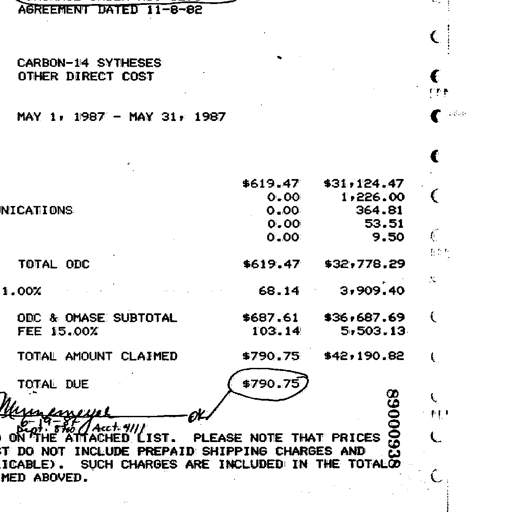
AGREEMENT DATED 11-8-82

CARBON-14 SYTHESES
OTHER DIRECT COST

MAY 1, 1987 - MAY 31, 1987

$619.47 $31,124.47
0.00 1,226.00
0.00 364.81
0.00 53.51
0.00 9.50

TOTAL ODC $619.47 $32,778.29

1.00% 68.14 3,909.40

ODC & OMASE SUBTOTAL $687.61 $36,687.69
FEE 15.00% 103.14 5,503.13

TOTAL AMOUNT CLAIMED $790.75 $42,190.82

TOTAL DUE $790.75

Mynenmeyer - OK
6-19-87
Dept. 8760 Acct. 4111
ON THE ATTACHED LIST. PLEASE NOTE THAT PRICES
DO NOT INCLUDE PREPAID SHIPPING CHARGES AND
ICABLE). SUCH CHARGES ARE INCLUDED IN THE TOTAL
MED ABOVED. 89000938